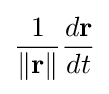
{\frac {1}{\Vert \mathbf {r} \Vert }}{\frac {d\mathbf {r} }{dt}}